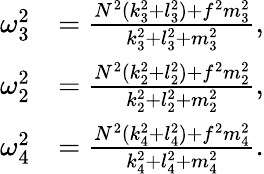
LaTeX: \begin{array}{rl}{\omega_{3}^{2}}&{=\frac{N^{2}(k_{3}^{2}+l_{3}^{2})+f^{2}m_{3}^{2}}{k_{3}^{2}+l_{3}^{2}+m_{3}^{2}},}\\ {\omega_{2}^{2}}&{=\frac{N^{2}(k_{2}^{2}+l_{2}^{2})+f^{2}m_{2}^{2}}{k_{2}^{2}+l_{2}^{2}+m_{2}^{2}},}\\ {\omega_{4}^{2}}&{=\frac{N^{2}(k_{4}^{2}+l_{4}^{2})+f^{2}m_{4}^{2}}{k_{4}^{2}+l_{4}^{2}+m_{4}^{2}}.}\end{array}